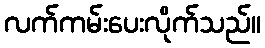
လက်ကမ်းပေးလိုက်သည်။